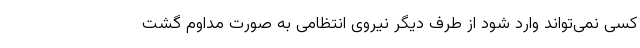
کسی نمی‌تواند وارد شود از طرف دیگر نیروی انتظامی به صورت مداوم گشت